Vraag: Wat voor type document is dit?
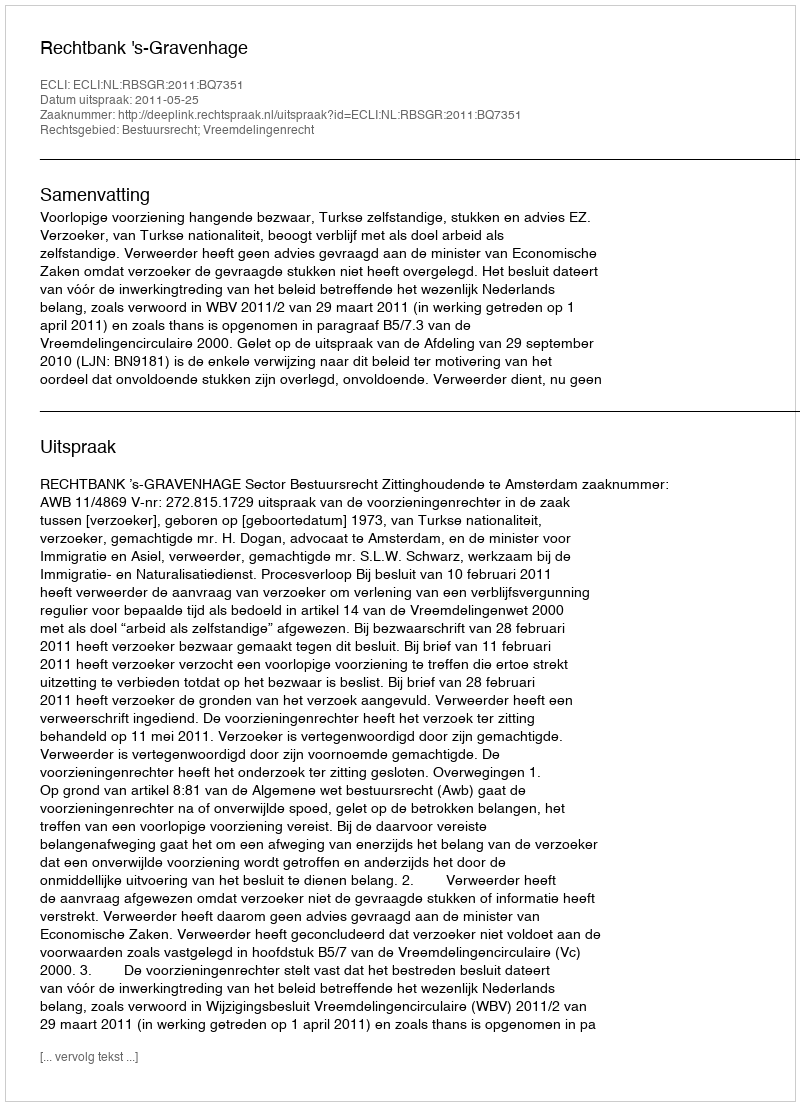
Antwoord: Uitspraak